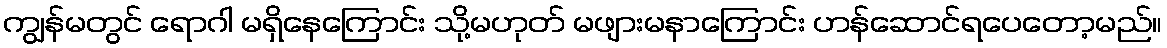
ကျွန်မတွင် ရောဂါ မရှိနေကြောင်း သို့မဟုတ် မဖျားမနာကြောင်း ဟန်ဆောင်ရပေတော့မည်။